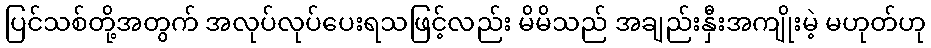
ပြင်သစ်တို့အတွက် အလုပ်လုပ်ပေးရသဖြင့်လည်း မိမိသည် အချည်းနှီးအကျိုးမဲ့ မဟုတ်ဟု